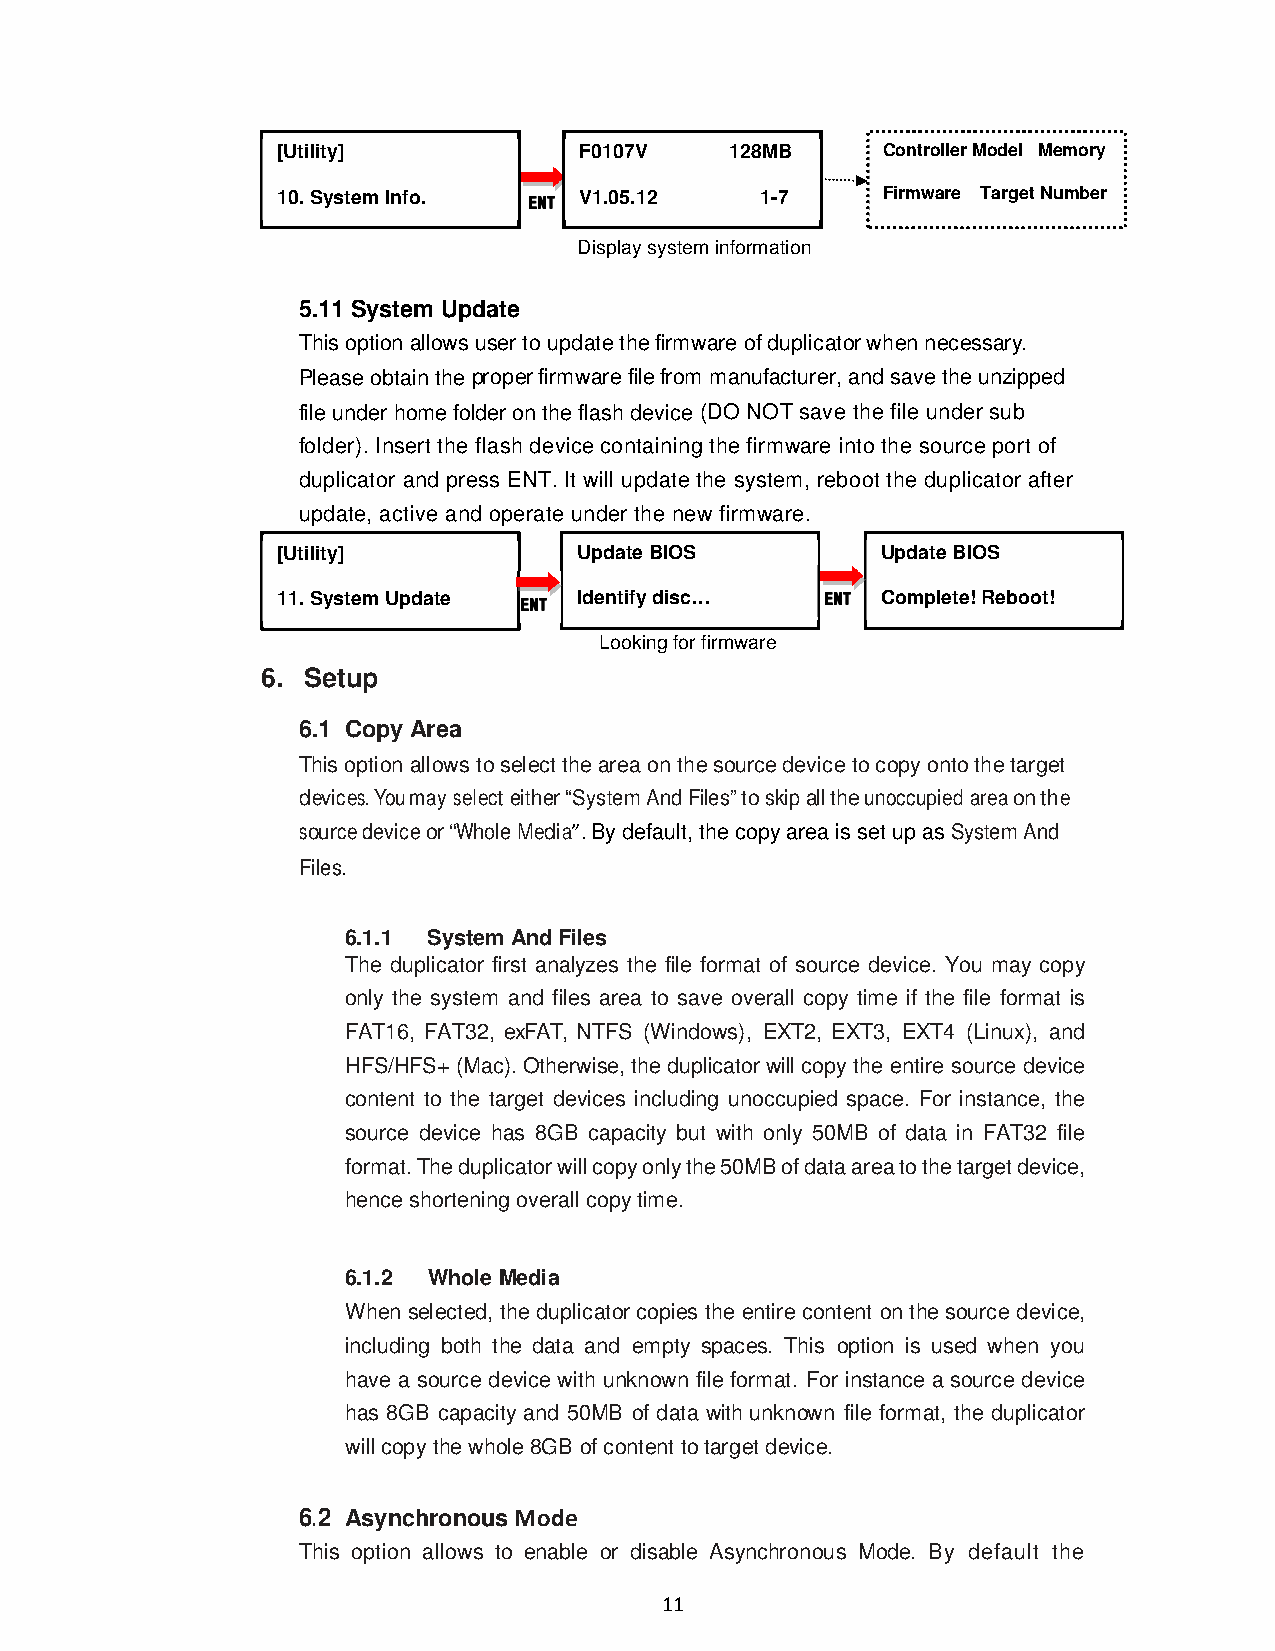
[U tility]          F0107V    128MB     Controller Model Memory
 10 . System Info. EEEENNNNTTTT V1.05.12 1-7 Firmware Target Number
 Display system information
 5.11 System Update
 This option allows user to update the firmware of duplicator when necessary.
 Please obtain the proper firmware file from manufacturer, and save the unzipped
 file under home folder on the flash device (DO NOT save the file under sub
 folder). Insert the flash device containing the firmware into the source port of
 duplicator and press ENT. It will update the system, reboot the duplicator after
 update, active and operate under the new firmware.
 [Utility]           Update BIOS         Update BIOS
 11. Sys tem Update EEEENNNNTTTT Identify disc… EEEENNNNTTTT Complete! Reboot!
 Looking for firmware
 6. Setup
 6.1 Copy Area
 This option allows to select the area on the source device to copy onto the target
 devices. You may select either “System And Files” to skip all the unoccupied area on the
 source device or “Whole Media”. By default, the copy area is set up as System And
 Files.
 6.1.1 System And Files
 The duplicator first analyzes the file format of source device. You may copy
 only the system and files area to save overall copy time if the file format is
 FAT16, FAT32, exFAT, NTFS (Windows), EXT2, EXT3, EXT4 (Linux), and
 HFS/HFS+ (Mac). Otherwise, the duplicator will copy the entire source device
 content to the target devices including unoccupied space. For instance, the
 source device has 8GB capacity but with only 50MB of data in FAT32 file
 format. The duplicator will copy only the 50MB of data area to the target device,
 hence shortening overall copy time.
 6.1.2 Whole Media
 When selected, the duplicator copies the entire content on the source device,
 including both the data and empty spaces. This option is used when you
 have a source device with unknown file format. For instance a source device
 has 8GB capacity and 50MB of data with unknown file format, the duplicator
 will copy the whole 8GB of content to target device.
 6.2 Asynchronous Mode
 This option allows to enable or disable Asynchronous Mode. By default the
 11